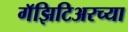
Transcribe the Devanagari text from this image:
गॅझिटिअरच्या